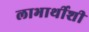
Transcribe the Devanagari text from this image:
लाभार्थीशी